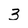
Character: 3